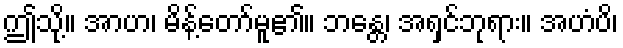
ဤသို့။ အာဟ၊ မိန့်တော်မူ၏။ ဘန္တေ၊ အရှင်ဘုရား။ အဟံပိ၊